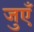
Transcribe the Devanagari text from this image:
जुएँ